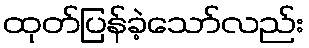
ထုတ်ပြန်ခဲ့သော်လည်း